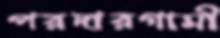
পরদারগামী